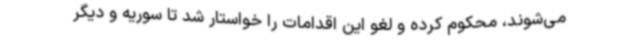
می‌شوند، محکوم کرده و لغو این اقدامات را خواستار شد تا سوریه و دیگر